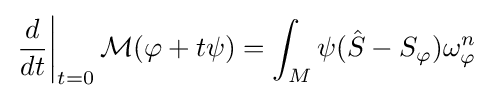
\left.{\frac {d}{dt}}\right|_{t=0}{\mathcal {M}}(\varphi +t\psi )=\int _{M}\psi ({\hat {S}}-S_{\varphi })\omega _{\varphi }^{n}